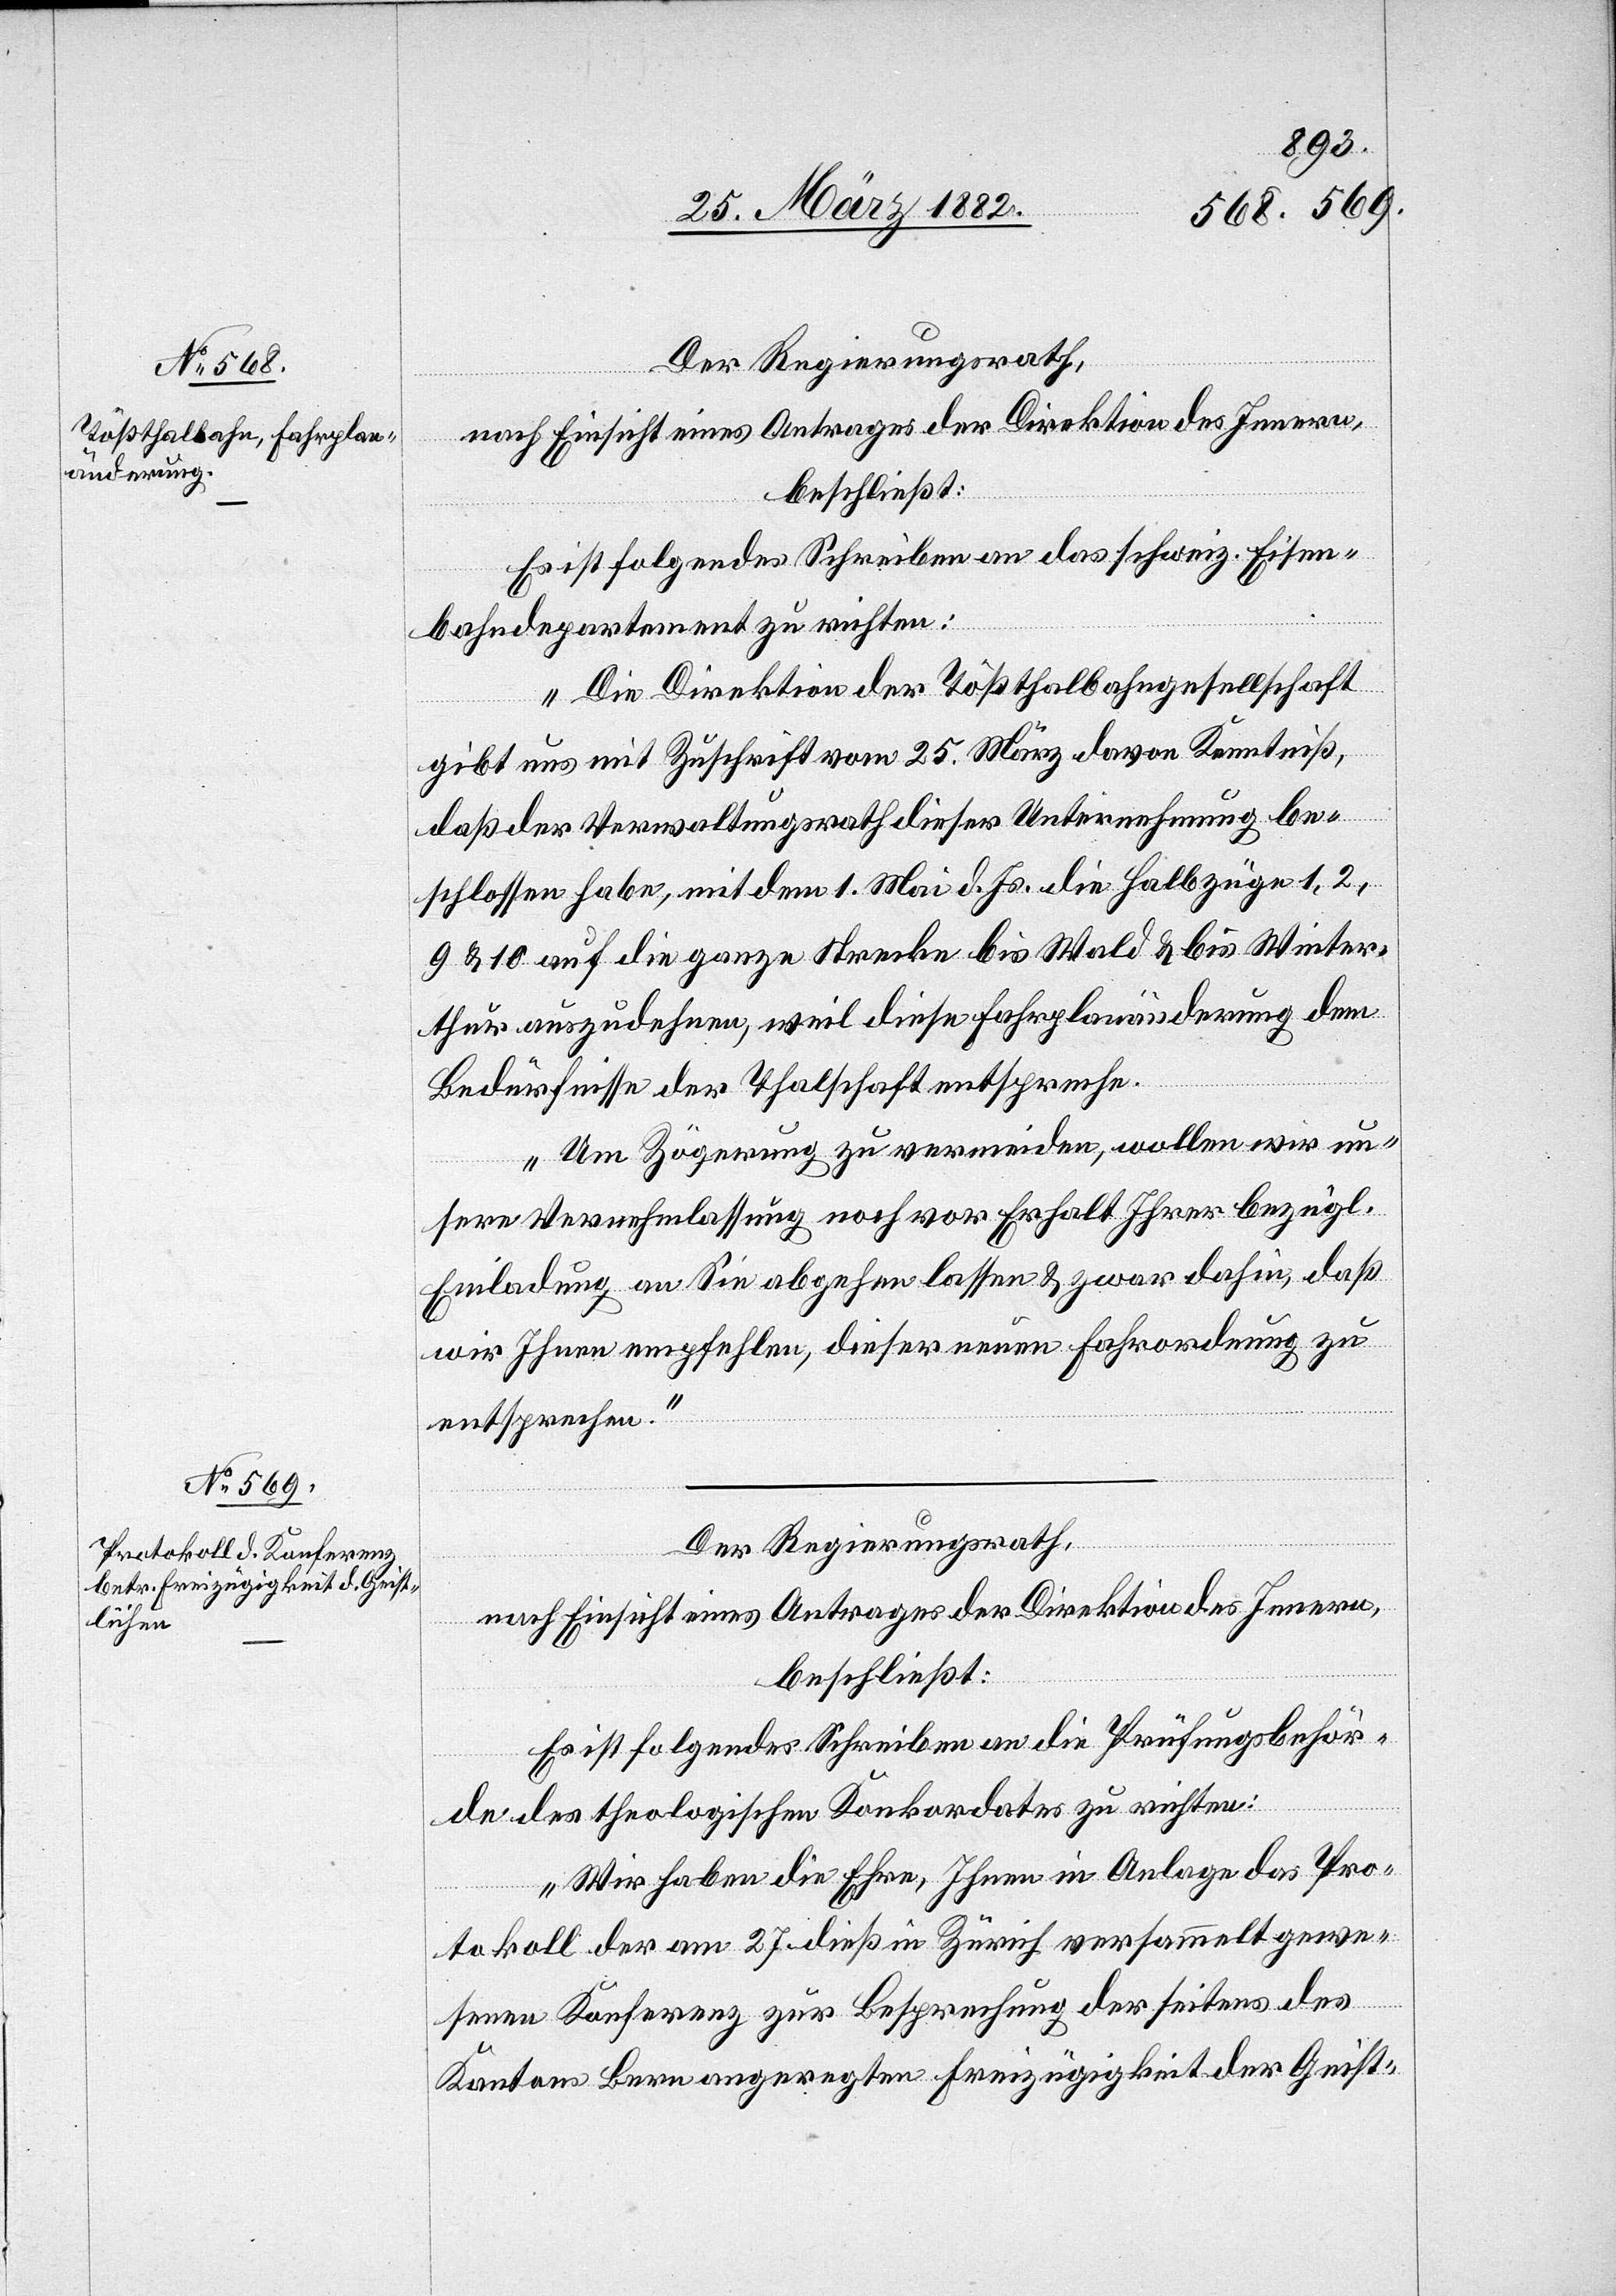
28. März 1882.]
Der Regierungsrath,
nach Einsicht eines Antrages der Direktion des Innern,
beschließt:
Es ist folgendes Schreiben an das schweiz. Eisen¬
bahndepartement zu richten:
„Die Direktion der Tößthalbahngesellschaft
gibt und mit Zuschrift vom 25. März davon Kenntniß,
daß der Verwaltungsrath dieser Unternehmung be¬
schlossen habe, mit dem 1. Mai d. Js. die Halbzüge 1, 2,
9 & 10 auf die ganze Strecke bis Wald & bis Winter¬
thur auszudehnen, weil diese Fahrplanänderung dem
Bedürfnisse der Thalschaft entspreche.
Um Zögerung zu vermeiden, wollen wir un¬
sere Vernehmlassung noch vor Erhalt Ihrer bezügl.
Einladung an Sie abgehen lassen & zwar dahin, daß
wir Ihnen empfehlen, dieser neuen Fahrordnung zu
entsprechen.“
Der Regierungsrath,
nach Einsicht eines Antrages der Direktion des Innern,
beschließt:
Es ist folgendes Schreiben an die Prüfungsbehör¬
de des theologischen Konkordates zu richten:
„Wir haben die Ehre, Ihnen in Anlage des Pro¬
tokoll der am 27. dieß in Zürich versammelt gewe¬
senen Konferenz zur Besprechung der seitens des
Kanton Bern angeregten Freizügigkeit der Geist-